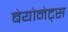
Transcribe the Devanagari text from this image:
बेयोनेट्स